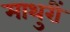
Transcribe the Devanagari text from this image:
माथुरीं